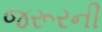
જરૂરની